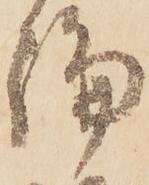
論